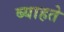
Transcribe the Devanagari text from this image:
ब्याहते